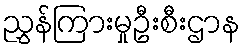
ညွှန်ကြားမှုဦးစီးဌာန